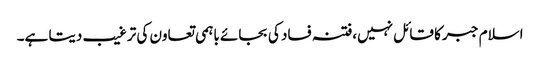
اسلام جبر کا قائل نہیں،فتنہ فساد کی بجائے باہمی تعاون کی ترغیب دیتا ہے۔